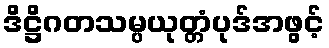
ဒိဋ္ဌိဂတသမ္ပယုတ္တံပုဒ်အဖွင့်